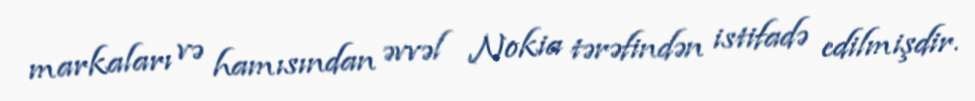
markaları və hamısından əvvəl Nokia tərəfindən istifadə edilmişdir.